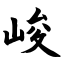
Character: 峻